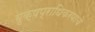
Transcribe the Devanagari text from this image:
वृक्षप्राधिकरणाचे